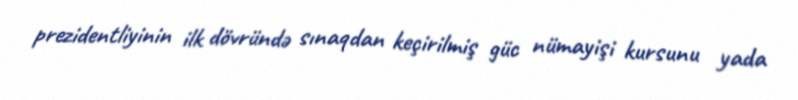
prezidentliyinin ilk dövründə sınaqdan keçirilmiş güc nümayişi kursunu yada